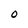
Character: O